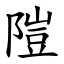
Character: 隑